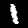
Digit: 1